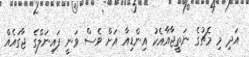
އަދި މި މެޗުގެ ނަތީޖާއާއެކު އިންޑިއާ އަށް ވެސް ވަނީ ފައިނަލްގެ ޖާގައެއް